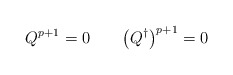
\begin{align*}Q^{p+1} = 0 \qquad \bigl(Q^{\dagger}\bigr)^{p+1} = 0 \end{align*}